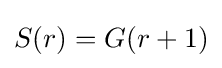
S(r)=G(r+1)